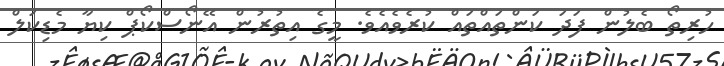
ހުރިތޯ ބެލުން ފަދަ ކަންތައްތައް ކުރެވެއެވެ. މީގެ އިތުރުން އޭނޯސްކޯޕް ކިޔާ މެޑިކަލް